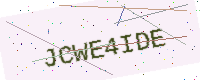
Text: JCWE4IDE